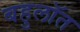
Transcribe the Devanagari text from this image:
बहुलॉत